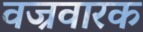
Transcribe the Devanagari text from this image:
वज्रवारक